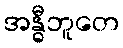
အန္ဓီဘူတေ